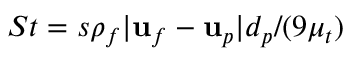
S t = s \rho _ { f } | \mathbf { u } _ { f } - \mathbf { u } _ { p } | d _ { p } / ( 9 \mu _ { t } )